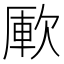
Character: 𣣭